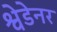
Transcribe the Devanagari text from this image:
श्वेडेनर